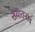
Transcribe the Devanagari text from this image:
ख्यातनांव